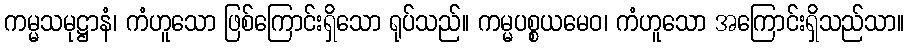
ကမ္မသမုဋ္ဌာနံ၊ ကံဟူသော ဖြစ်ကြောင်းရှိသော ရုပ်သည်။ ကမ္မပစ္စယမေဝ၊ ကံဟူသော အကြောင်းရှိသည်သာ။